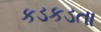
કડકડતા